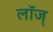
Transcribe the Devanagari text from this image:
लॉज्